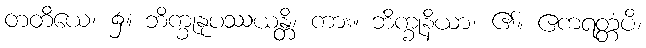
တတိယေ၊ ၌။ ဘိက္ခုနုပဿယန္တိ၊ ကား။ ဘိက္ခုနိယာ၊ ၏။ ဧကရတ္တံပိ၊